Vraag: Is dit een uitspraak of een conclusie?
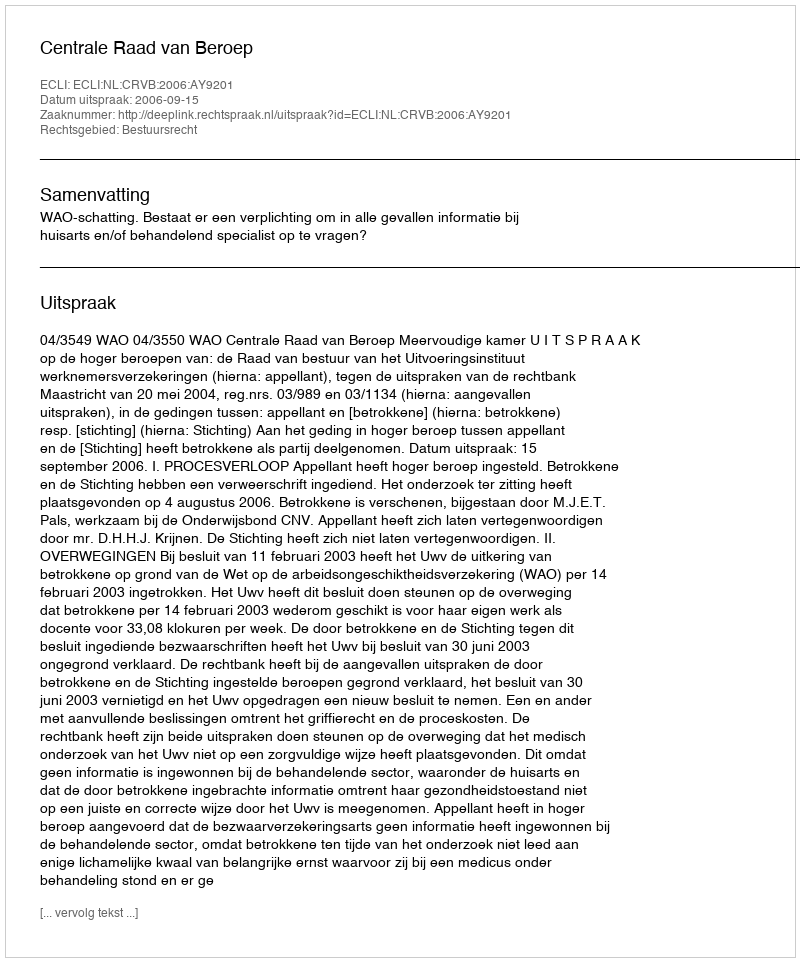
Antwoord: Uitspraak